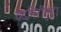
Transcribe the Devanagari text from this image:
यदगिरीगुट्टा